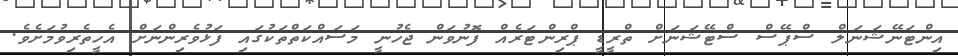
އިންޓަނޭޝަނަލް ސްޕޭސް ސްޓޭޝަނަށް ތްރީޑީ ޕްރިންޓަރެއް ފޮނުވަން ޖެހުނީ މަސައްކަތްތަކުގައި ފަޅުވެރިންނަށް އެހީތެރިވުމަށެވެ.